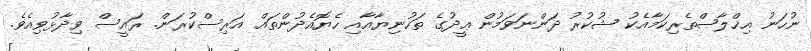
ނުހަނު އިޚްލާޞްތެރިކަމާއެކު ޝުކުރު ދަންނަވަމުން ޢީދުގެ ތަހުނިޔާއާއި ހެޔޮއެދުންތައް އަރިސްކުރަން. ރައީސް ވިދާޅުވިއެވެ.